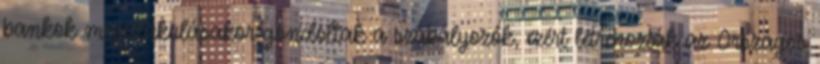
bankok megalakulásakor gondoltak a szabályozók, ezért létrehozták az Országos